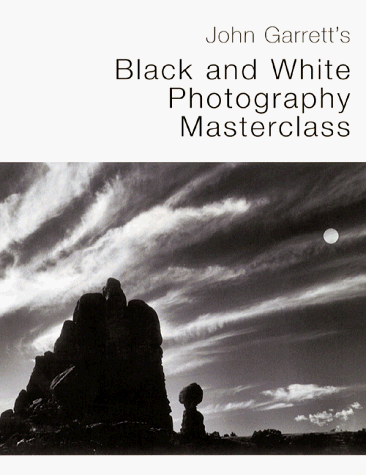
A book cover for John Garrett's Black and White Photography Masterclass; John Garrett; Arts & Photography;